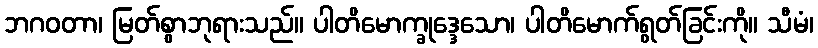
ဘဂဝတာ၊ မြတ်စွာဘုရားသည်။ ပါတိမောက္ခုဒ္ဒေသော၊ ပါတိမောက်ရွတ်ခြင်းကို။ သီမံ၊